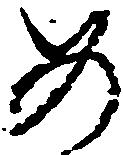
め